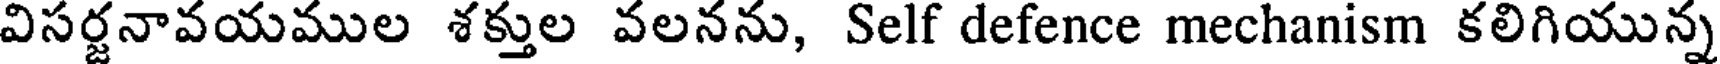
విసర్జనావయముల శక్తుల వలనను, Self defence mechanism కలిగియున్న